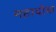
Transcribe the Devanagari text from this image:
महादोबा